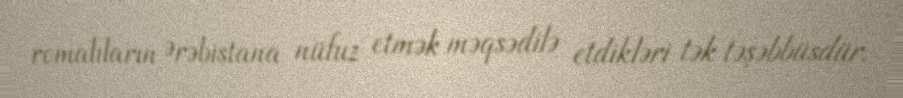
romalıların Ərəbistana nüfuz etmək məqsədilə etdikləri tək təşəbbüsdür.